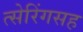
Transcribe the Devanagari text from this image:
त्सेरिंगसह